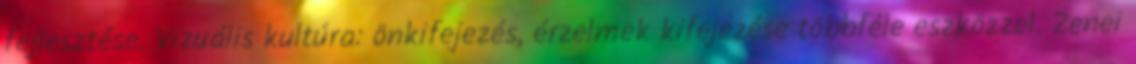
fejlesztése. Vizuális kultúra: önkifejezés, érzelmek kifejezése többféle eszközzel. Zenei